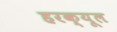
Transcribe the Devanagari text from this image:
हरक्यूल